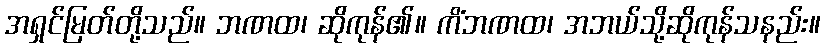
အရှင်မြတ်တို့သည်။ ဘဏထ၊ ဆိုကုန်၏။ ကိံဘဏထ၊ အဘယ်သို့ဆိုကုန်သနည်း။